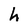
Character: h